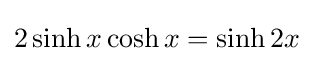
2\sinh x\cosh x=\sinh 2x